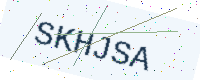
Text: SKHJSA